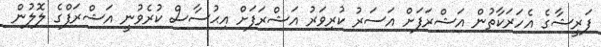
ފަރީޝާގެ އެހަރަކާތުން އަޝްރަފަށް އަސަރު ކުރިވަރު އަޝްރަފަށް އިޙުސާސް ކުރެވުނީ އަޝްރަފްގެ ލޮލުން